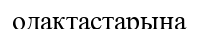
одақтастарына